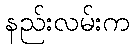
နည်းလမ်းက